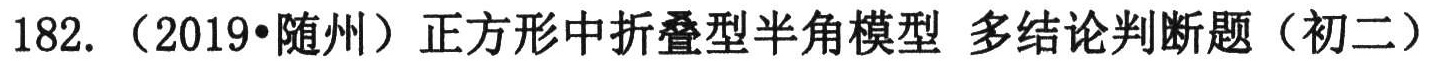
182. （2019•随州）正方形中折叠型半角模型 多结论判断题（初二）